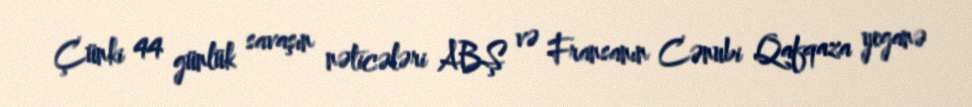
Çünki 44 günlük savaşın nəticələri ABŞ və Fransanın Cənubi Qafqaza yeganə